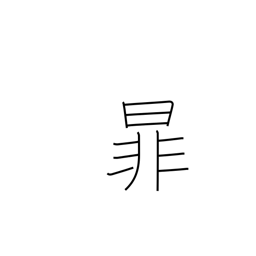
Meaning: be separated